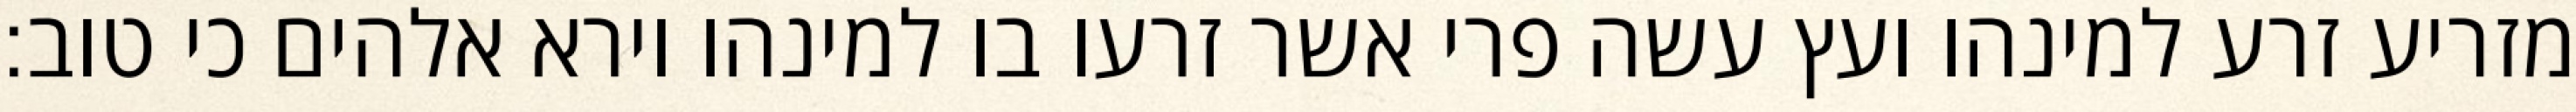
מזריע זרע למינהו ועץ עשה פרי אשר זרעו בו למינהו וירא אלהים כי טוב׃